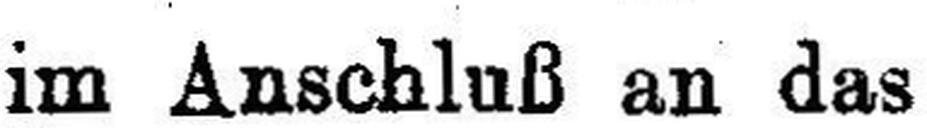
im Anschluß an das